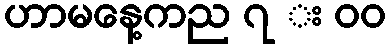
ဟာမနေ့ကည ၇ း ၀၀